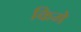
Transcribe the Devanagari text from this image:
किमे